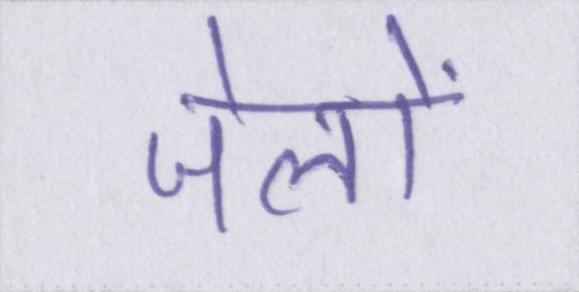
जेलों